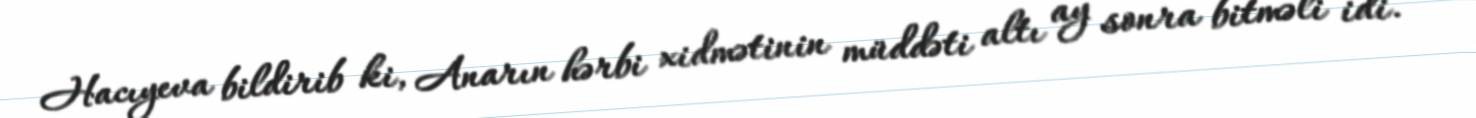
Hacıyeva bildirib ki, Anarın hərbi xidmətinin müddəti altı ay sonra bitməli idi.